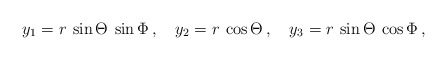
\begin{align*}y_1 = r\:\sin\Theta\:\sin\Phi \, , \quad y_2 = r\:\cos\Theta \, , \quad y_3 = r\:\sin\Theta\:\cos\Phi \, , \end{align*}